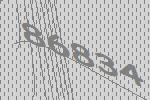
86834